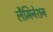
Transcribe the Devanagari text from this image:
लैमिनेशन